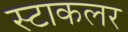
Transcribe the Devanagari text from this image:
स्टाकलर